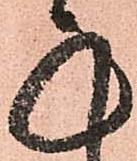
承